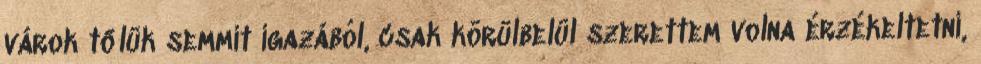
várok tőlük semmit igazából, csak körülbelül szerettem volna érzékeltetni,